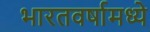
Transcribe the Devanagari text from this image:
भारतवर्षामध्ये